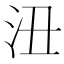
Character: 沑